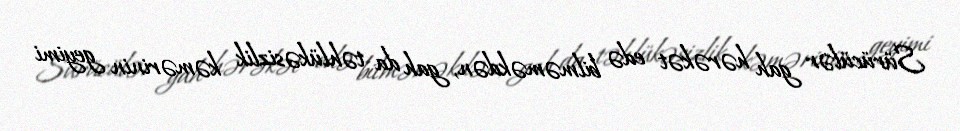
Sürücülər gah hərəkət edə bilməməkdən, gah da təhlükəsizlik kəmərinin geyimi